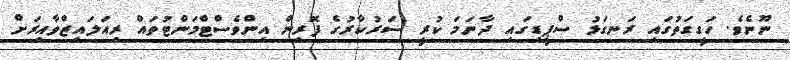
ނޫނެވެ. ހަގީގަތުގައި ރަނގަޅު ސްޕީޑިގައި ދާނަމަ ކުރީ ސަރުކާރުގެ ފޮރިން އިންވެސްޓްމަންޓުތައް ރިއަލައިޒްވާއިރަށް